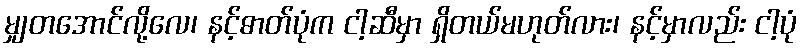
မျှတအောင်လို့လေ၊ နင့်ဓာတ်ပုံက ငါ့ဆီမှာ ရှိတယ်မဟုတ်လား၊ နင့်မှာလည်း ငါ့ပုံ